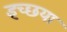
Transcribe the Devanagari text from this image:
इच्छया